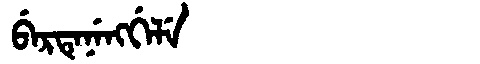
Manchu: ᠪᡝᡵᡨᡝᠨᡝᠩᡤᡝᠯᡝ
Romanization: BERTENENGGELE